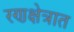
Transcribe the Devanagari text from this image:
रणक्षेत्रात